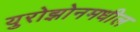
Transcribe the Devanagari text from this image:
युरोझोनमधील